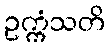
ဥက္ကံသတိ